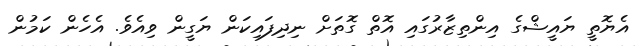
އެޔޮތީ ޔައީޝްގެ އިންތިޒާރުގައި އޮތް ގޮތަށް ނިދިފައިކަން ޔަގީން ވިއެވެ. އެހެން ކަމުން